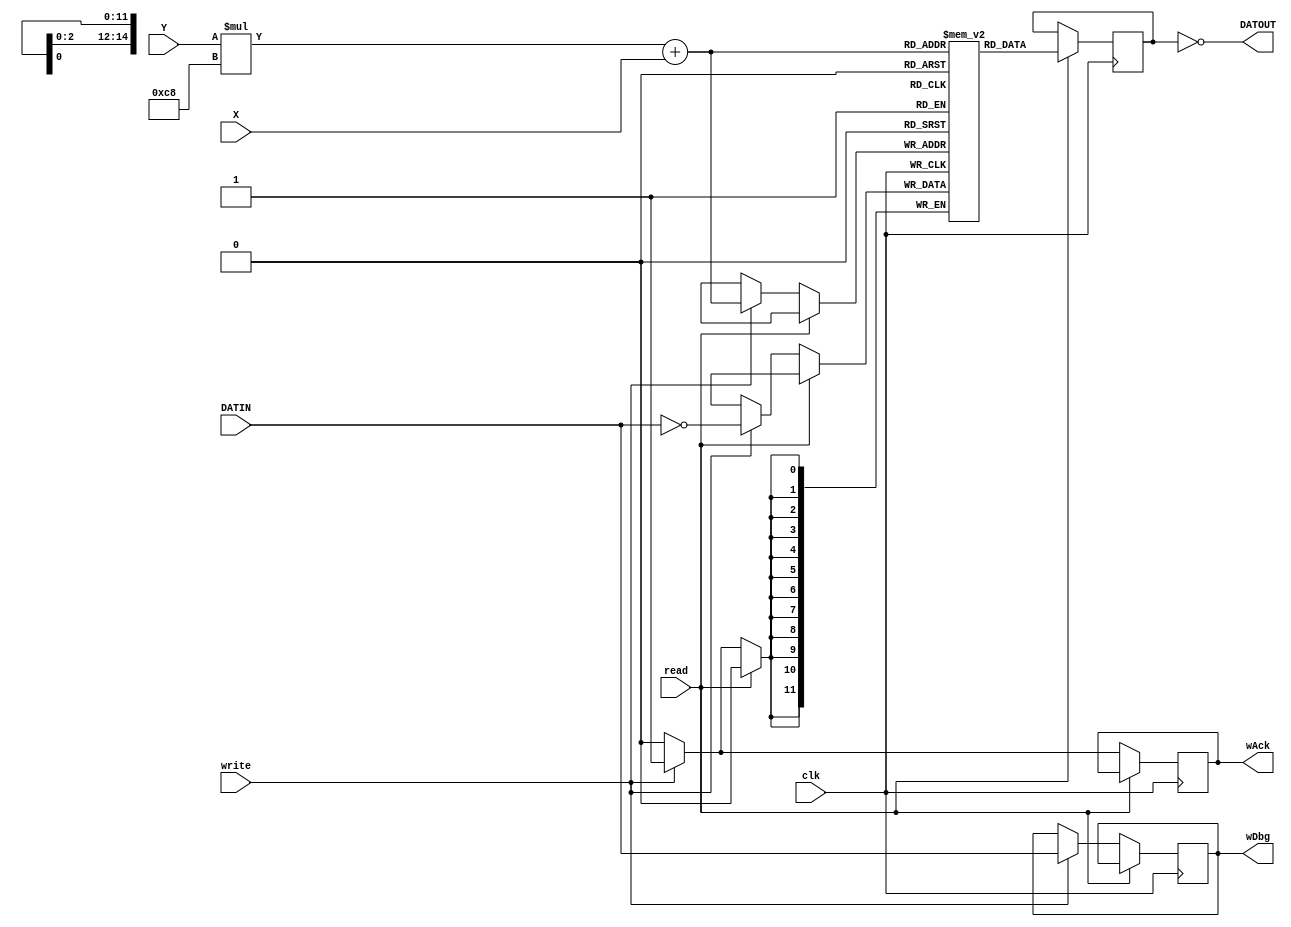
module SRAM(input clk, read, write, 
				input [7:0] X, Y, input [11:0] DATIN,
				output [11:0] DATOUT, output reg wAck,
				output reg [11:0] wDbg);
	parameter W = 200, H = 150;
	reg [11:0] mem[W*H-1:0];
	reg [11:0] DATOUTINV;

	// Can't just assign directly to DATOUT, synthesizer is stupid as all hell
	assign DATOUT = ~DATOUTINV;
	// I invert output here so that the starting output is white instead of black
	// The same is done at the input, so that the output correctly reflects the input
	// You can get any starting color (or any starting screen) by XORing the output
	// at both ends with the desirable value

	always @(posedge clk) begin
		if (read)
			DATOUTINV <= mem[Y*W + X];
		else if (write) begin
			mem[Y*W + X] <= ~DATIN;
			wDbg <= DATIN;
			wAck <= 1;
		end else
			wAck <= 0;
	end
endmodule